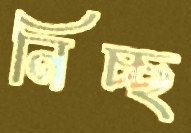
নিচ্ছ